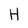
Character: H